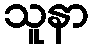
သူနာ